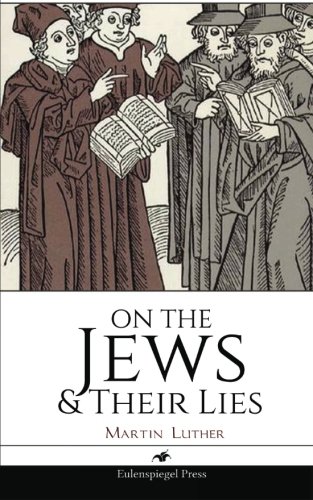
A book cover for On the Jews & Their Lies; Martin Luther; Christian Books & Bibles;